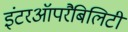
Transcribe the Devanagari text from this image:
इंटरऑपरैबिलिटी